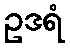
ဥဒရံ